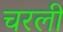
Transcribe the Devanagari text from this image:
चरली